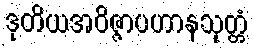
ဒုတိယအဝိဇ္ဇာပဟာနသုတ္တံ